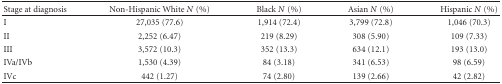
<table><thead><tr><td><b>Stage at diagnosis</b></td><td><b>Non-Hispanic White <i>N</i> (%)</b></td><td><b>Black <i>N</i> (%)</b></td><td><b>Asian <i>N</i> (%)</b></td><td><b>Hispanic <i>N</i> (%)</b></td></tr></thead><tbody><tr><td>I</td><td>27,035 (77.6)</td><td>1,914 (72.4)</td><td>3,799 (72.8)</td><td>1,046 (70.3)</td></tr><tr><td>II</td><td>2,252 (6.47)</td><td>219 (8.29)</td><td>308 (5.90)</td><td>109 (7.33)</td></tr><tr><td>III</td><td>3,572 (10.3)</td><td>352 (13.3)</td><td>634 (12.1)</td><td>193 (13.0)</td></tr><tr><td>IVa/IVb</td><td>1,530 (4.39)</td><td>84 (3.18)</td><td>341 (6.53)</td><td>98 (6.59)</td></tr><tr><td>IVc</td><td>442 (1.27)</td><td>74 (2.80)</td><td>139 (2.66)</td><td>42 (2.82)</td></tr></tbody></table>